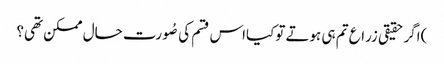
)اگر حقیقی زراع تم ہی ہوتے توکیااس قسم کی صُورت حال ممکن تھی؟